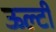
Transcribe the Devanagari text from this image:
ऊल्टी